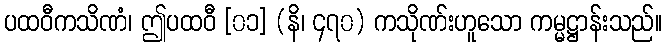
ပထဝီကသိဏံ၊ ဤပထဝီ [၀၁] (နိ၊ ၄၇၀) ကသိုဏ်းဟူသော ကမ္မဋ္ဌာန်းသည်။